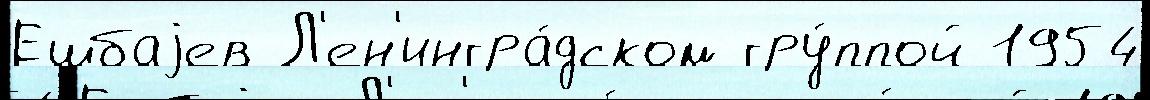
Ешбаjев Л'ен'ингра́дском гру́ппой 1954